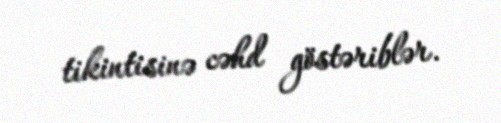
tikintisinə cəhd göstəriblər.